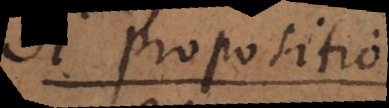
2 propositio